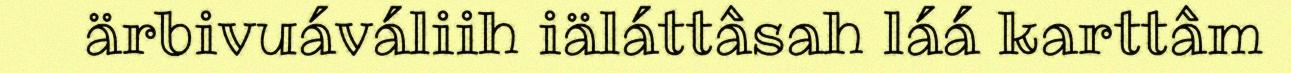
ärbivuáváliih iäláttâsah láá karttâm